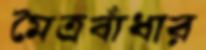
মৈত্রবাঁধার